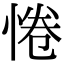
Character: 惓